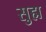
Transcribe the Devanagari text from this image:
सुह्म